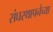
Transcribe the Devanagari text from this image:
संघस्थापनेच्या